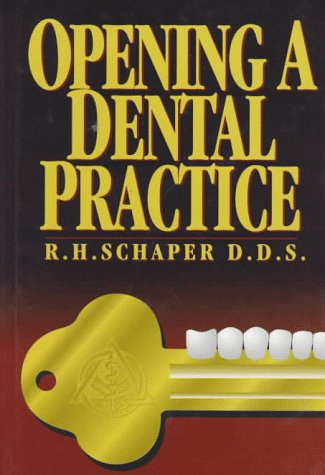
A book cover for Opening a Dental Practice (Penwell Books. Dental Economics); Robert H. Schaper; Medical Books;